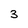
Character: 3